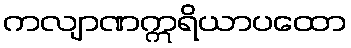
ကလျာဏဣရိယာပထော